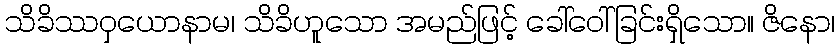
သိခိဿဝှယောနာမ၊ သိခိဟူသော အမည်ဖြင့် ခေါ်ဝေါ်ခြင်းရှိသော။ ဇိနော၊